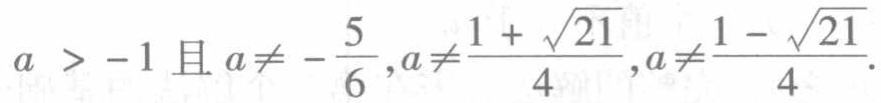
$a > -1 \text{ 且 } a\neq -\frac{5}{6},a\neq \frac{1 + \sqrt{21}}{4},a\neq \frac{1 - \sqrt{21}}{4}.$